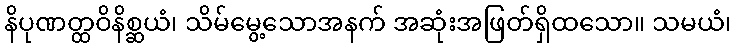
နိပုဏတ္ထဝိနိစ္ဆယံ၊ သိမ်မွေ့သောအနက် အဆုံးအဖြတ်ရှိထသော။ သမယံ၊